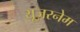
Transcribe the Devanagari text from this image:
यूज़रनेम